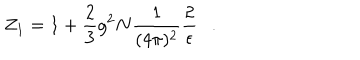
Z _ { 1 } = 1 + \frac { 2 } { 3 } g ^ { 2 } N \frac { 1 } { ( 4 \pi ) ^ { 2 } } \frac { 2 } { \epsilon } .